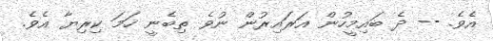
އެވެ. -- ދެ ބައިމީހުން އަަރައިރުން ނުވެ ތިބެނީ ހަމަ ކިރިޔާ އެވެ.